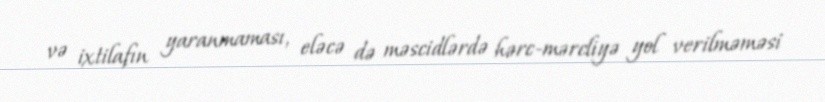
və ixtilafın yaranmaması, eləcə də məscidlərdə hərc-mərcliyə yol verilməməsi